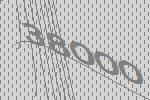
38000